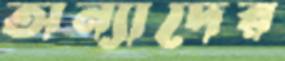
অন্যাদের